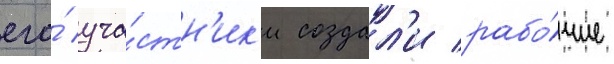
его́ уча́стн'ик'и создал'и рабо́чие